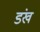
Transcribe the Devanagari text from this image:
डंख